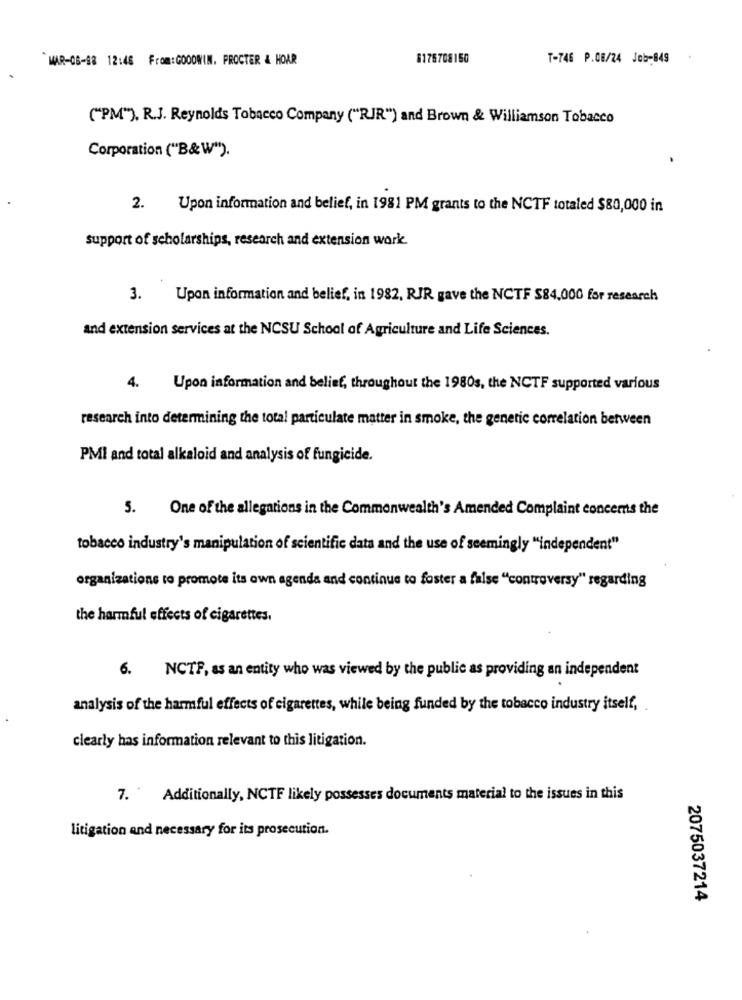
MAR-08-88 12:46 From:GOODWIN. PROCTER & HOAR
8176708150
T-746 P.08/24 Job-849
("PM"). R.J. Reynolds Tobacco Company ("RJR") and Brown & Williamson Tobacco
Corporation ("B&W").
2. Upon information and belief, in 1981 PM grants to the NCTF totaled $80,000 in
support of scholarships, research and extension work.
3.
Upon information and belief, in 1982, RJR gave the NCTF S84,000 for research
and extension services at the NCSU School of Agriculture and Life Sciences.
4.
Upon information and belief, throughout the 1980s, the NCTF supported various
research into determining the total particulate matter in smoke, the genetic correlation between
PMI and total alkaloid and analysis of fungicide.
5.
One of the allegations in the Commonwealth's Amended Complaint concems the
tobacco industry's manipulation of scientific data and the use of seemingly "independent"
organizations to promote its own agenda and continue to foster a false "controversy" regarding
the harmful effects of cigarettes.
6. NCTF, as an entity who was viewed by the public as providing an independent
analysis of the harmful effects of cigarettes, while being funded by the tobacco industry itself,
clearly has information relevant to this litigation.
7. Additionally, NCTF likely possesses documents material to the issues in this
litigation and necessary for its prosecution.
2075037214